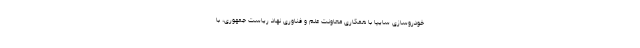
خودروسازی سایپا با همکاری معاونت علم و فناوری نهاد ریاست جمهوری، با